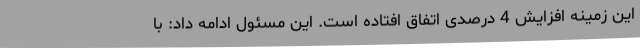
این زمینه افزایش 4 درصدی اتفاق افتاده است. این مسئول ادامه داد: با